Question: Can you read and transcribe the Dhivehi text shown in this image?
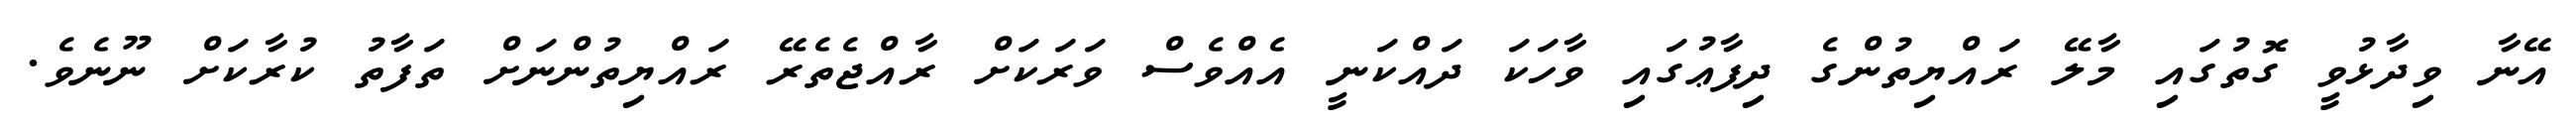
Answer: އޭނާ ވިދާޅުވީ ގޮތުގައި މާލޭ ރައްޔިތުންގެ ދިފާޢުގައި ވާހަކަ ދައްކަނީ އެއްވެސް ވަރަކަށް ރާއްޖެތެރޭ ރައްޔިތުންނަށް ތަފާތު ކުރާކަށް ނޫނެވެ.